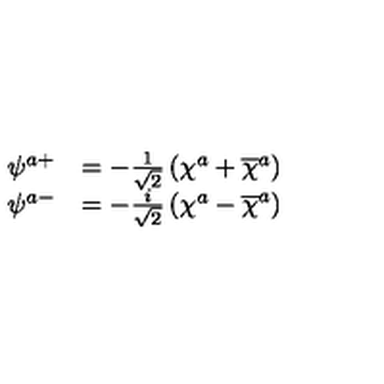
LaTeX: \begin{array} { c c c } { \psi ^ { a + } } & { = - \frac 1 { \sqrt { 2 } } \left( \chi ^ { a } + \overline { { \chi } } ^ { a } \right) } & { } \\ { \psi ^ { a - } } & { = - \frac i { \sqrt { 2 } } \left( \chi ^ { a } - \overline { { \chi } } ^ { a } \right) } & { } \\ \end{array}